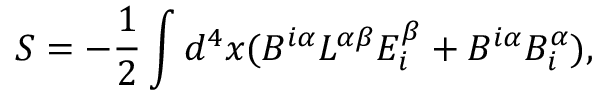
S = - { \frac { 1 } { 2 } } \int d ^ { 4 } x ( B ^ { i \alpha } { \cal L } ^ { \alpha \beta } E _ { i } ^ { \beta } + B ^ { i \alpha } B _ { i } ^ { \alpha } ) ,